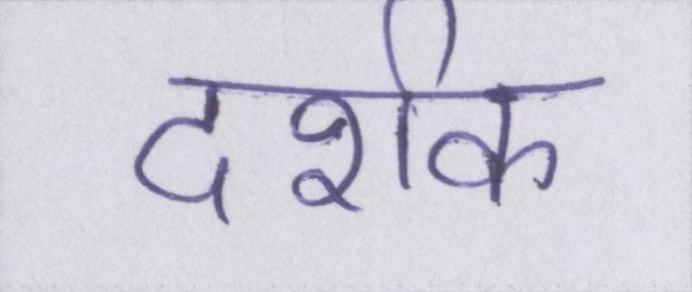
दर्शक